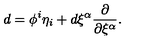
d = \phi ^ { i } \eta _ { i } + d \xi ^ { \alpha } \frac { \partial } { \partial \xi ^ { \alpha } } .